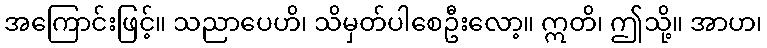
အကြောင်းဖြင့်။ သညာပေဟိ၊ သိမှတ်ပါစေဦးလော့။ ဣတိ၊ ဤသို့။ အာဟ၊